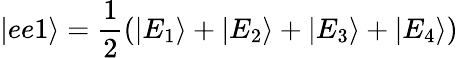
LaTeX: |ee1\rangle=\frac{1}{2}(|E_{1}\rangle+|E_{2}\rangle+|E_{3}\rangle+|E_{4}\rangle)